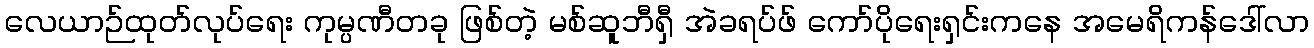
လေယာဉ်ထုတ်လုပ်ရေး ကုမ္ပဏီတခု ဖြစ်တဲ့ မစ်ဆူဘီရှီ အဲခရပ်ဖ် ကော်ပိုရေးရှင်းကနေ အမေရိကန်ဒေါ်လာ